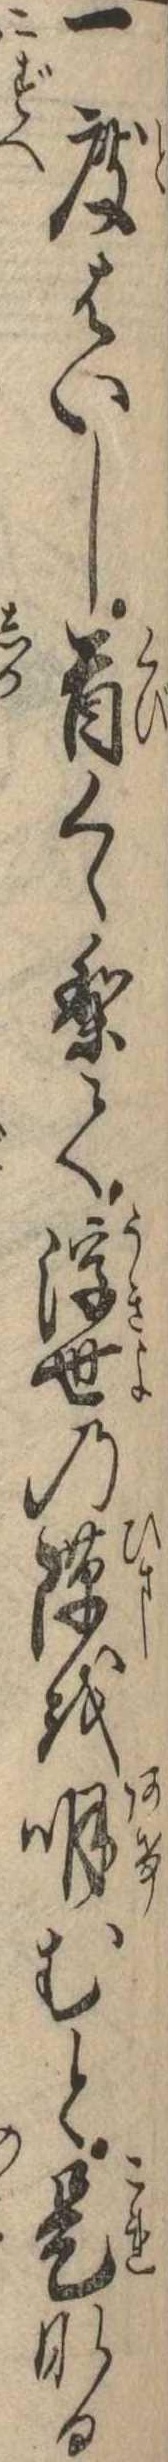
一度はいし首くゝりて浮世の隙を明むと是なる